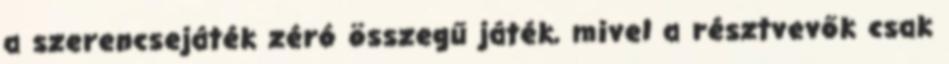
a szerencsejáték zéró összegű játék, mivel a résztvevők csak